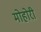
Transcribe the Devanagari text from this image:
मोहोरी